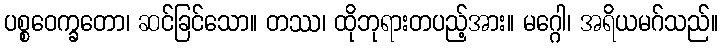
ပစ္စဝေက္ခတော၊ ဆင်ခြင်သော။ တဿ၊ ထိုဘုရားတပည့်အား။ မဂ္ဂေါ၊ အရိယမဂ်သည်။